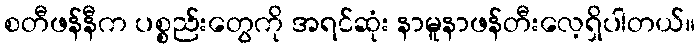
စတီဖန်နီက ပစ္စည်းတွေကို အရင်ဆုံး နာမူနာဖန်တီးလေ့ရှိပါတယ်။